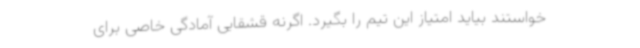
خواستند بیاید امتیاز این تیم را بگیرد. اگرنه قشقایی آمادگی خاصی برای